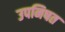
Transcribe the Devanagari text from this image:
उपनिषत